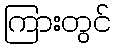
ကြားတွင်